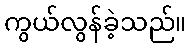
ကွယ်လွန်ခဲ့သည်။